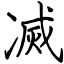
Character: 㓕